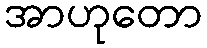
အာဟုတော